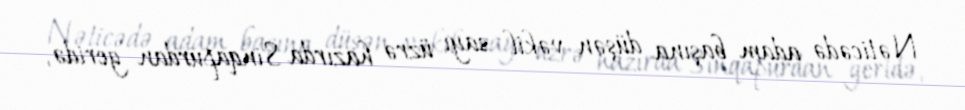
Nəticədə adam başına düşən vəkil sayı üzrə hazırda Sinqapurdan geridə,